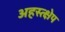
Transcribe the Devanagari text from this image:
अहस्त्क्षेप